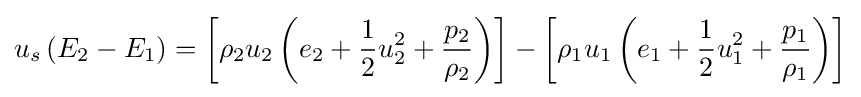
u_{s}\left(E_{2}-E_{1}\right)=\left[\rho _{2}u_{2}\left(e_{2}+{\frac {1}{2}}u_{2}^{2}+{\frac {p_{2}}{\rho _{2}}}\right)\right]-\left[\rho _{1}u_{1}\left(e_{1}+{\frac {1}{2}}u_{1}^{2}+{\frac {p_{1}}{\rho _{1}}}\right)\right]